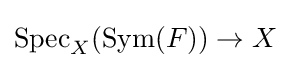
\operatorname {Spec} _{X}(\operatorname {Sym} (F))\to X